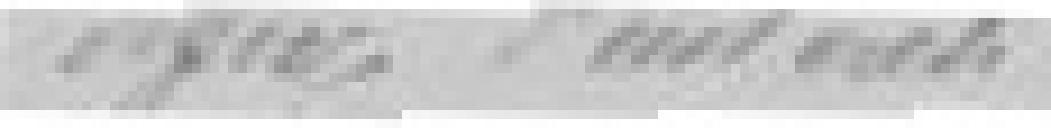
digne d'intérêt,